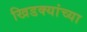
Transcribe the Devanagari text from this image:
खिडक्यांच्या